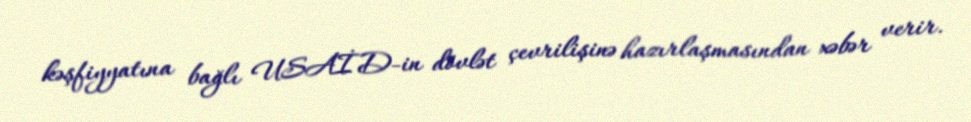
kəşfiyyatına bağlı USAİD-in dövlət çevrilişinə hazırlaşmasından xəbər verir.